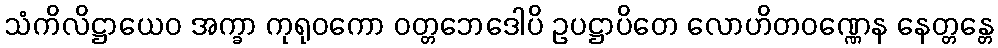
သံကိလိဋ္ဌာယေဝ အက္ခာ ကုရုဝကော ဝတ္တဘေဒေါပိ ဥပဋ္ဌာပိတေ လောဟိတဝဏ္ဏေန နေတ္တန္တေ